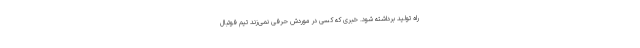
راه تولید برداشته شود. خبری که کسی در موردش حرفی نمی‌زند تیم فوتبال